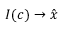
I ( c ) \rightarrow \hat { x }